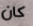
كان